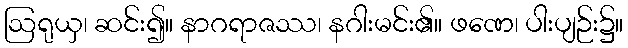
ဩရုယှ၊ ဆင်း၍။ နာဂရာဇဿ၊ နဂါးမင်း၏။ ဖဏေ၊ ပါးပျဉ်း၌။